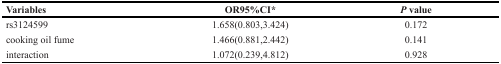
<table><thead><tr><td><b>Variables</b></td><td><b>OR95%CI*</b></td><td><b><i>P</i> value</b></td></tr></thead><tbody><tr><td>rs3124599</td><td>1.658(0.803,3.424)</td><td>0.172</td></tr><tr><td>cooking oil fume</td><td>1.466(0.881,2.442)</td><td>0.141</td></tr><tr><td>interaction</td><td>1.072(0.239,4.812)</td><td>0.928</td></tr></tbody></table>